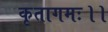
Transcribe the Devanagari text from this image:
कृतागमः।।